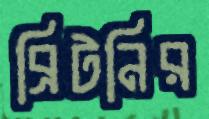
ব্রিটনির